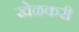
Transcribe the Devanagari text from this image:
खेळकरी